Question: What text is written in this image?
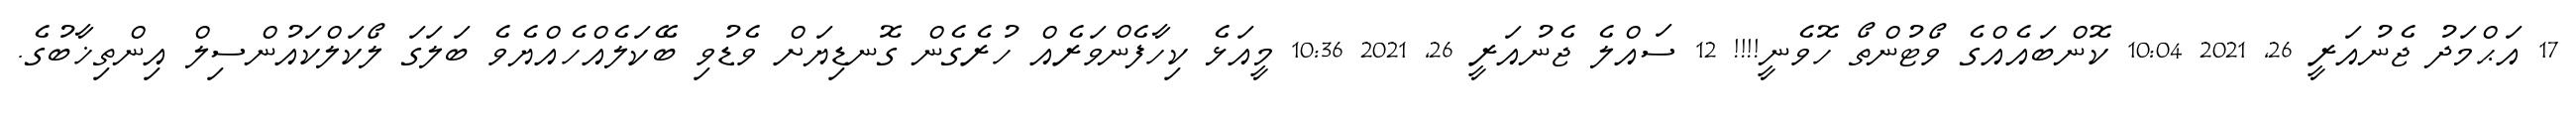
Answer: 17 އަޙްމަދު ޖެނުއަރީ 26, 2021 10:04 ކޮންބައެއްގެ ވޯޓުންތޯ ހޮވެނީ!!!! 12 ސައްލެ ޖެނުއަރީ 26, 2021 10:36 މީއަޅެ ކިހާފެންވަރެއް ހުރެގެން ގޮނޑިޔަށް ވެޑުވި ބޭކަލެއްހެއްޔެވެ ބަލަގަ ލޯކަލްކައުންސިލް އިންތިޚާބުގެ.